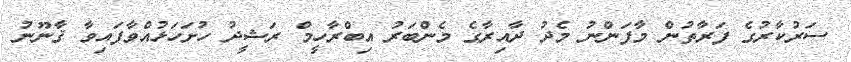
ސަރުކާރުގެ ފަރާތުން މާފަންނު މެދު ދާއިރާގެ މެންބަރު އިބްރާހީމް ރަޝީދު ހުށަހަޅުއްވާފައިވާ ޤާނޫނު